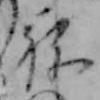
ね